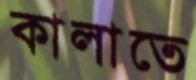
কালাতে